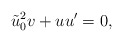
\begin{align*} \tilde{u}_0^2 v + u u' = 0,\end{align*}